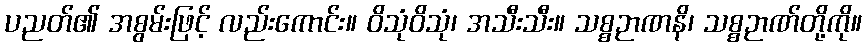
ပညတ်၏ အစွမ်းဖြင့် လည်းကောင်း။ ဝိသုံဝိသုံ၊ အသီးသီး။ သစ္စဉာဏနိ၊ သစ္စဉာဏ်တို့ကို။